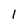
Character: 1